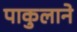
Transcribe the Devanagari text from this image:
पाकुलाने